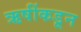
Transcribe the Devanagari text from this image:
ऋषींकडून